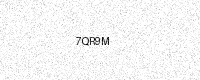
Text: 7QR9M